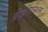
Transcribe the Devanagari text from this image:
प्रीडेस्टिनेशन